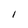
Character: I